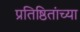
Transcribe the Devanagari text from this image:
प्रतिष्ठितांच्या